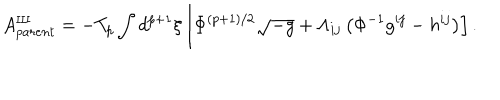
A _ { p a r e n t } ^ { \mathrm { I I I } } = - T _ { p } \int d ^ { p + 1 } { \xi } \left[ { \Phi } ^ { ( p + 1 ) / 2 } \sqrt { - g } + { \Lambda } _ { i j } \left( { \Phi } ^ { - 1 } g ^ { i j } - h ^ { i j } \right) \right] .